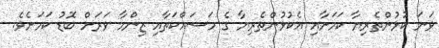
ވަނަ ކުޅުންތެރިޔާ ކަމަށާއި އެކުޅުންތެރިޔާ ގެ މަސައްކަތާއި ޒިންމާ ވަރަށް ބޮޑު ކަމަށެވެ.